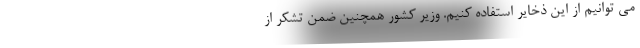
می توانیم از این ذخایر استفاده کنیم. وزیر کشور همچنین ضمن تشکر از